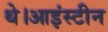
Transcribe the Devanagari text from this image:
थे।आइंस्टीन